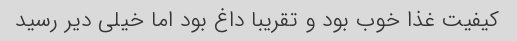
کیفیت غذا خوب بود و تقریبا داغ بود اما خیلی دیر رسید